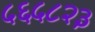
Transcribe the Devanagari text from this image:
५६५८२३